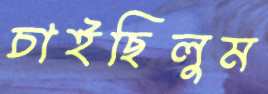
চাইছিলুম